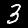
Digit: 3